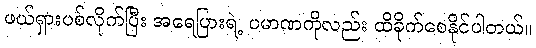
ဖယ်ရှားပစ်လိုက်ပြီး အရေပြားရဲ့ ပမာဏကိုလည်း ထိခိုက်စေနိုင်ပါတယ်။